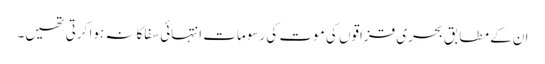
ان کے مطابق بحری قزاقوں کی موت کی رسومات انتہائی سفاکانہ ہوا کرتی تھیں۔